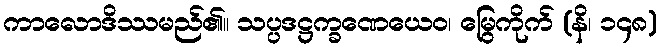
ကာလောဒိဿမည်၏။ သပ္ပဒဋ္ဌက္ခဏေယေဝ၊ မြွေကိုက် (နိ၊ ၁၄၈)